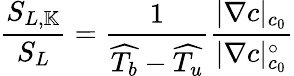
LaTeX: \frac{S_{L,\mathbb{K}}}{S_{L}}=\frac{1}{\widehat{T_{b}}-\widehat{T_{u}}}\frac{|\nabla c|_{c_{0}}}{|\nabla c|_{c_{0}}^{\circ}}